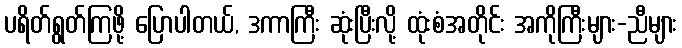
ပရိတ်ရွတ်ကြဖို့ ပြောပါတယ်, ဒကာကြီး ဆုံးပြီးလို့ ထုံးစံအတိုင်း အကိုကြီးများ-ညီများ